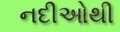
નદીઓથી